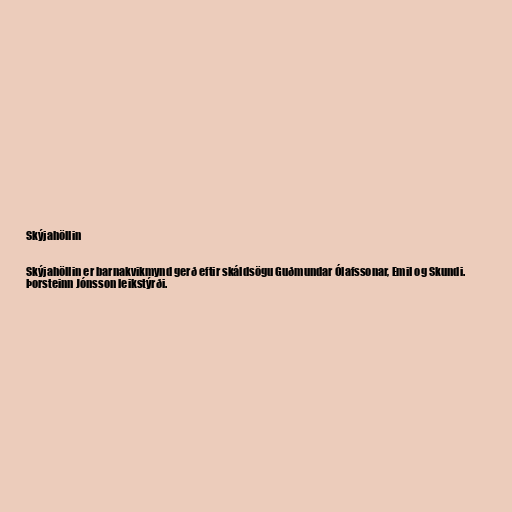
Skýjahöllin

Skýjahöllin er barnakvikmynd gerð eftir skáldsögu Guðmundar Ólafssonar, Emil og Skundi.
Þorsteinn Jónsson leikstýrði.